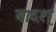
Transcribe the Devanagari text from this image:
बादश्